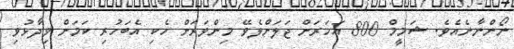
ނޯންނާނެއެވެ. ޝަމީމް 800 އަހަރަށް ޖަލަށްލެވޭ މިންވަރަށް ހެކި އެބަހުރި ކަމަށް ވިދާޅުވި